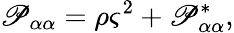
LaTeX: \mathscr{P}_{\alpha\alpha}=\rho\varsigma^{2}+\mathscr{P}_{\alpha\alpha}^{*},